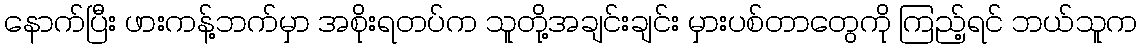
နောက်ပြီး ဖားကန့်ဘက်မှာ အစိုးရတပ်က သူတို့အချင်းချင်း မှားပစ်တာတွေကို ကြည့်ရင် ဘယ်သူက